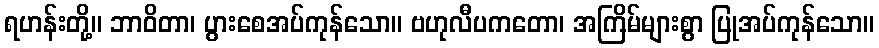
ရဟန်းတို့။ ဘာဝိတာ၊ ပွားစေအပ်ကုန်သော။ ဗဟုလီပကတော၊ အကြိမ်များစွာ ပြုအပ်ကုန်သော။